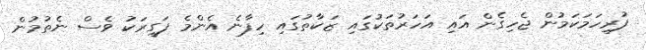
ފުރިހަމަކަމުން ޖެހިގެން އައި އަހަރުތަކުގައި ޒަކާތުގައި ހިފާނެ އެންމެ ފަގީރަކު ވެސް ނެތުމުން